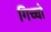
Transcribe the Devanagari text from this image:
गिच्चो